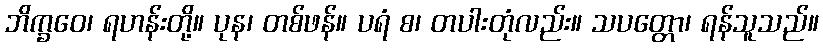
ဘိက္ခဝေ၊ ရဟန်းတို့။ ပုန၊ တစ်ဖန်။ ပရံ စ၊ တပါးတုံလည်း။ သပတ္တော၊ ရန်သူသည်။